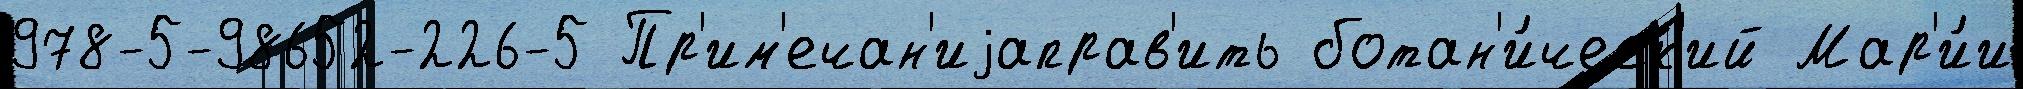
978-5-98652-226-5 Пр'им'ечан'иjаправ'ить ботан'и́ческ'ий Мар'и́и